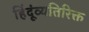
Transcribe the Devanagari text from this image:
हिंदूंव्यतिरिक्त